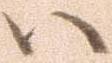
ハ